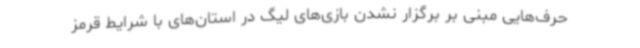
حرف‌هایی مبنی بر برگزار نشدن بازی‌های لیگ در استان‌های با شرایط قرمز